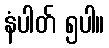
နံပါတ် ၅ပါ။